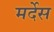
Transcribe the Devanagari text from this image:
मर्देस